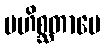
မဟိစ္ဆတာပေ